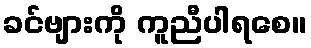
ခင်ဗျားကို ကူညီပါရစေ။